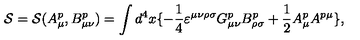
{ \cal S } = { \cal S } ( A _ { \mu } ^ { p } , B _ { \mu \nu } ^ { p } ) = \int { d ^ { 4 } } x \{ - \frac { 1 } { 4 } { \varepsilon } ^ { \mu \nu \rho \sigma } G _ { \mu \nu } ^ { p } B _ { \rho \sigma } ^ { p } + \frac { 1 } { 2 } A _ { \mu } ^ { p } A ^ { p \mu } \} ,